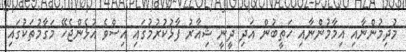
މުދިމުންނާއި އިމާމުންނާއި ހަތީބުން އަދި ދީނީ ޝިއާރު ފާޅުކުރުމުގައި އިސްވެ އުޅެންޖެހޭ މަގާމުތަކުގައި